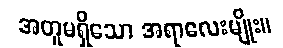
အတူမရှိသော အရာလေးမျိုး။